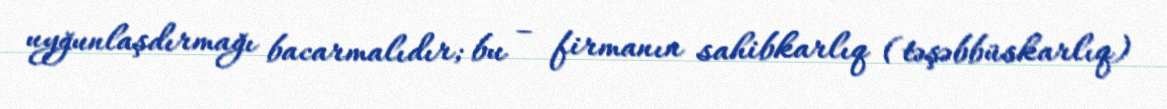
uyğunlaşdırmağı bacarmalıdır; bu – firmanın sahibkarlıq (təşəbbüskarlıq)